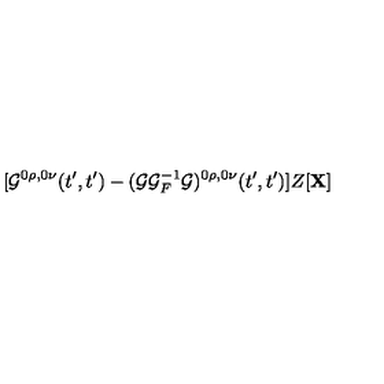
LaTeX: [ { \cal G } ^ { 0 \rho , 0 \nu } ( t ^ { \prime } , t ^ { \prime } ) - ( { \cal G } { \cal G } _ { F } ^ { - 1 } { \cal G } ) ^ { 0 \rho , 0 \nu } ( t ^ { \prime } , t ^ { \prime } ) ] Z [ { \bf X } ]